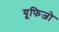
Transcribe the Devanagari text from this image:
यूफिजो